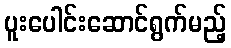
ပူးပေါင်းဆောင်ရွက်မည့်